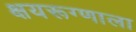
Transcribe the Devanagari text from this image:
क्षयरूग्णाला